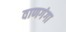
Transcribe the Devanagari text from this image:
वाणगंगा